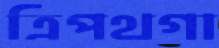
ত্রিপথগা